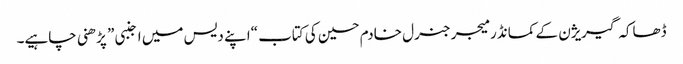
ڈھاکہ گیریژن کے کمانڈر میجر جنرل خادم حسین کی کتاب “اپنے دیس میں اجنبی” پڑھنی چاہیے۔